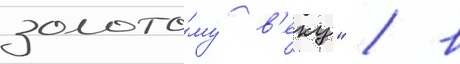
золото́му в'еку" / в